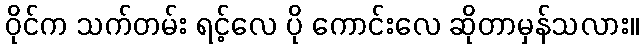
ဝိုင်က သက်တမ်း ရင့်လေ ပို ကောင်းလေ ဆိုတာမှန်သလား။